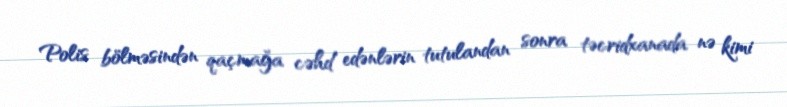
Polis bölməsindən qaçmağa cəhd edənlərin tutulandan sonra təcridxanada nə kimi